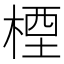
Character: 㮒